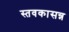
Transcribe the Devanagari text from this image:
स्तवकासन्न